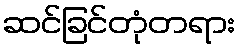
ဆင်ခြင်တုံတရား